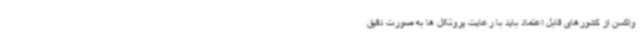
واکسن از کشورهای قابل اعتماد باید با رعایت پروتکل ها به صورت دقیق